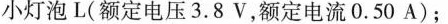
小灯泡L(额定电压3.8V，额定电流0.50A)；